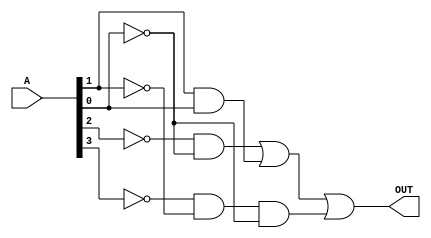
module mod1(A, OUT);

input [3:0] A;
output OUT;

assign OUT = (~A[2] & ~A[0]) | (A[1] & A[0]) | (~A[3] & ~A[1] & ~A[0]);

endmodule